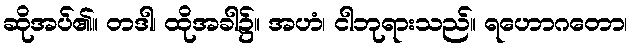
ဆိုအပ်၏။ တဒါ၊ ထိုအခါ၌။ အဟံ၊ ငါဘုရားသည်။ ရဟောဂတော၊